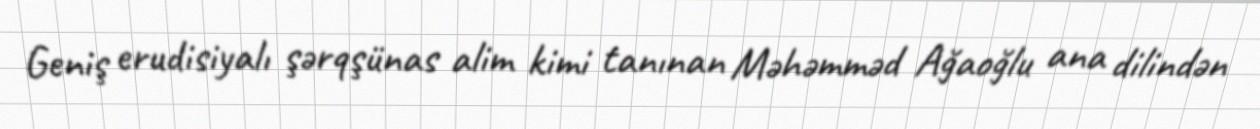
Geniş erudisiyalı şərqşünas alim kimi tanınan Məhəmməd Ağaoğlu ana dilindən